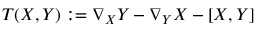
T ( X , Y ) : = \nabla _ { X } Y - \nabla _ { Y } X - [ X , Y ]